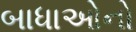
બાધાઓનો